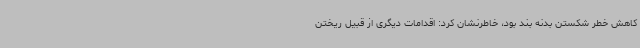
کاهش خطر شکستن بدنه بند بود، خاطرنشان کرد: اقدامات دیگری از قبیل ریختن